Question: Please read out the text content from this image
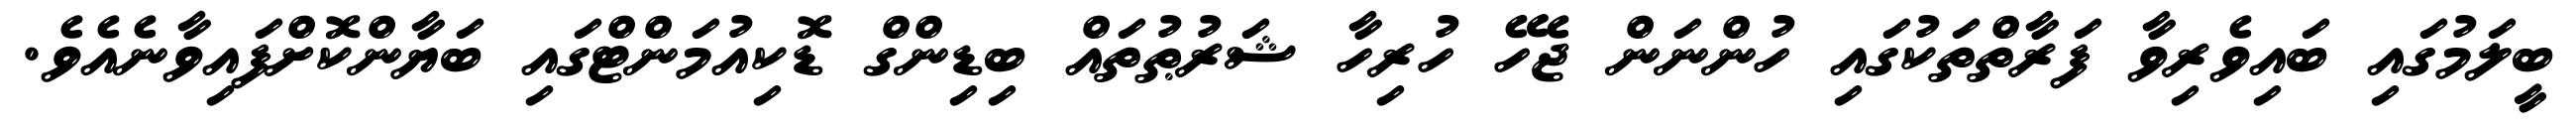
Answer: ބީލަމުގައި ބައިވެރިވާ ފަރާތްތަކުގައި ހުންނަން ޖެހޭ ހުރިހާ ޝަރުޠުތައް ބިޑިންގް ޑޮކިއުމަންޓްގައި ބަޔާންކޮށްފައިވާނެއެވެ.